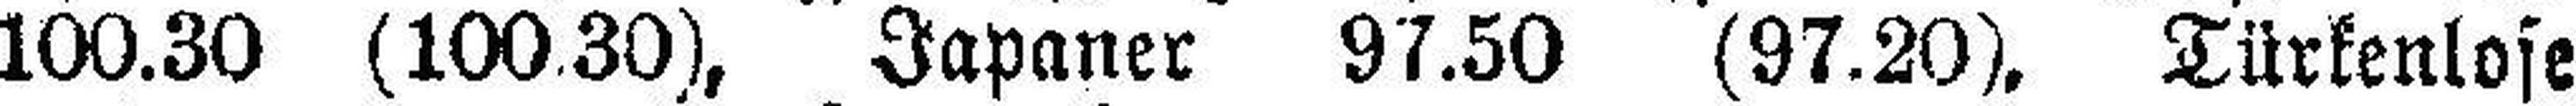
100.30 (100.30), Japaner 97.50 (97.20), Türkenlose